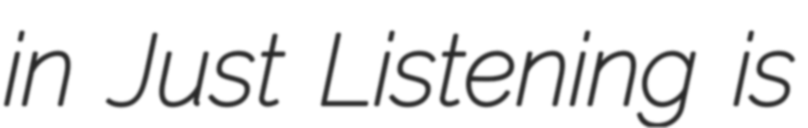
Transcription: in Just Listening is